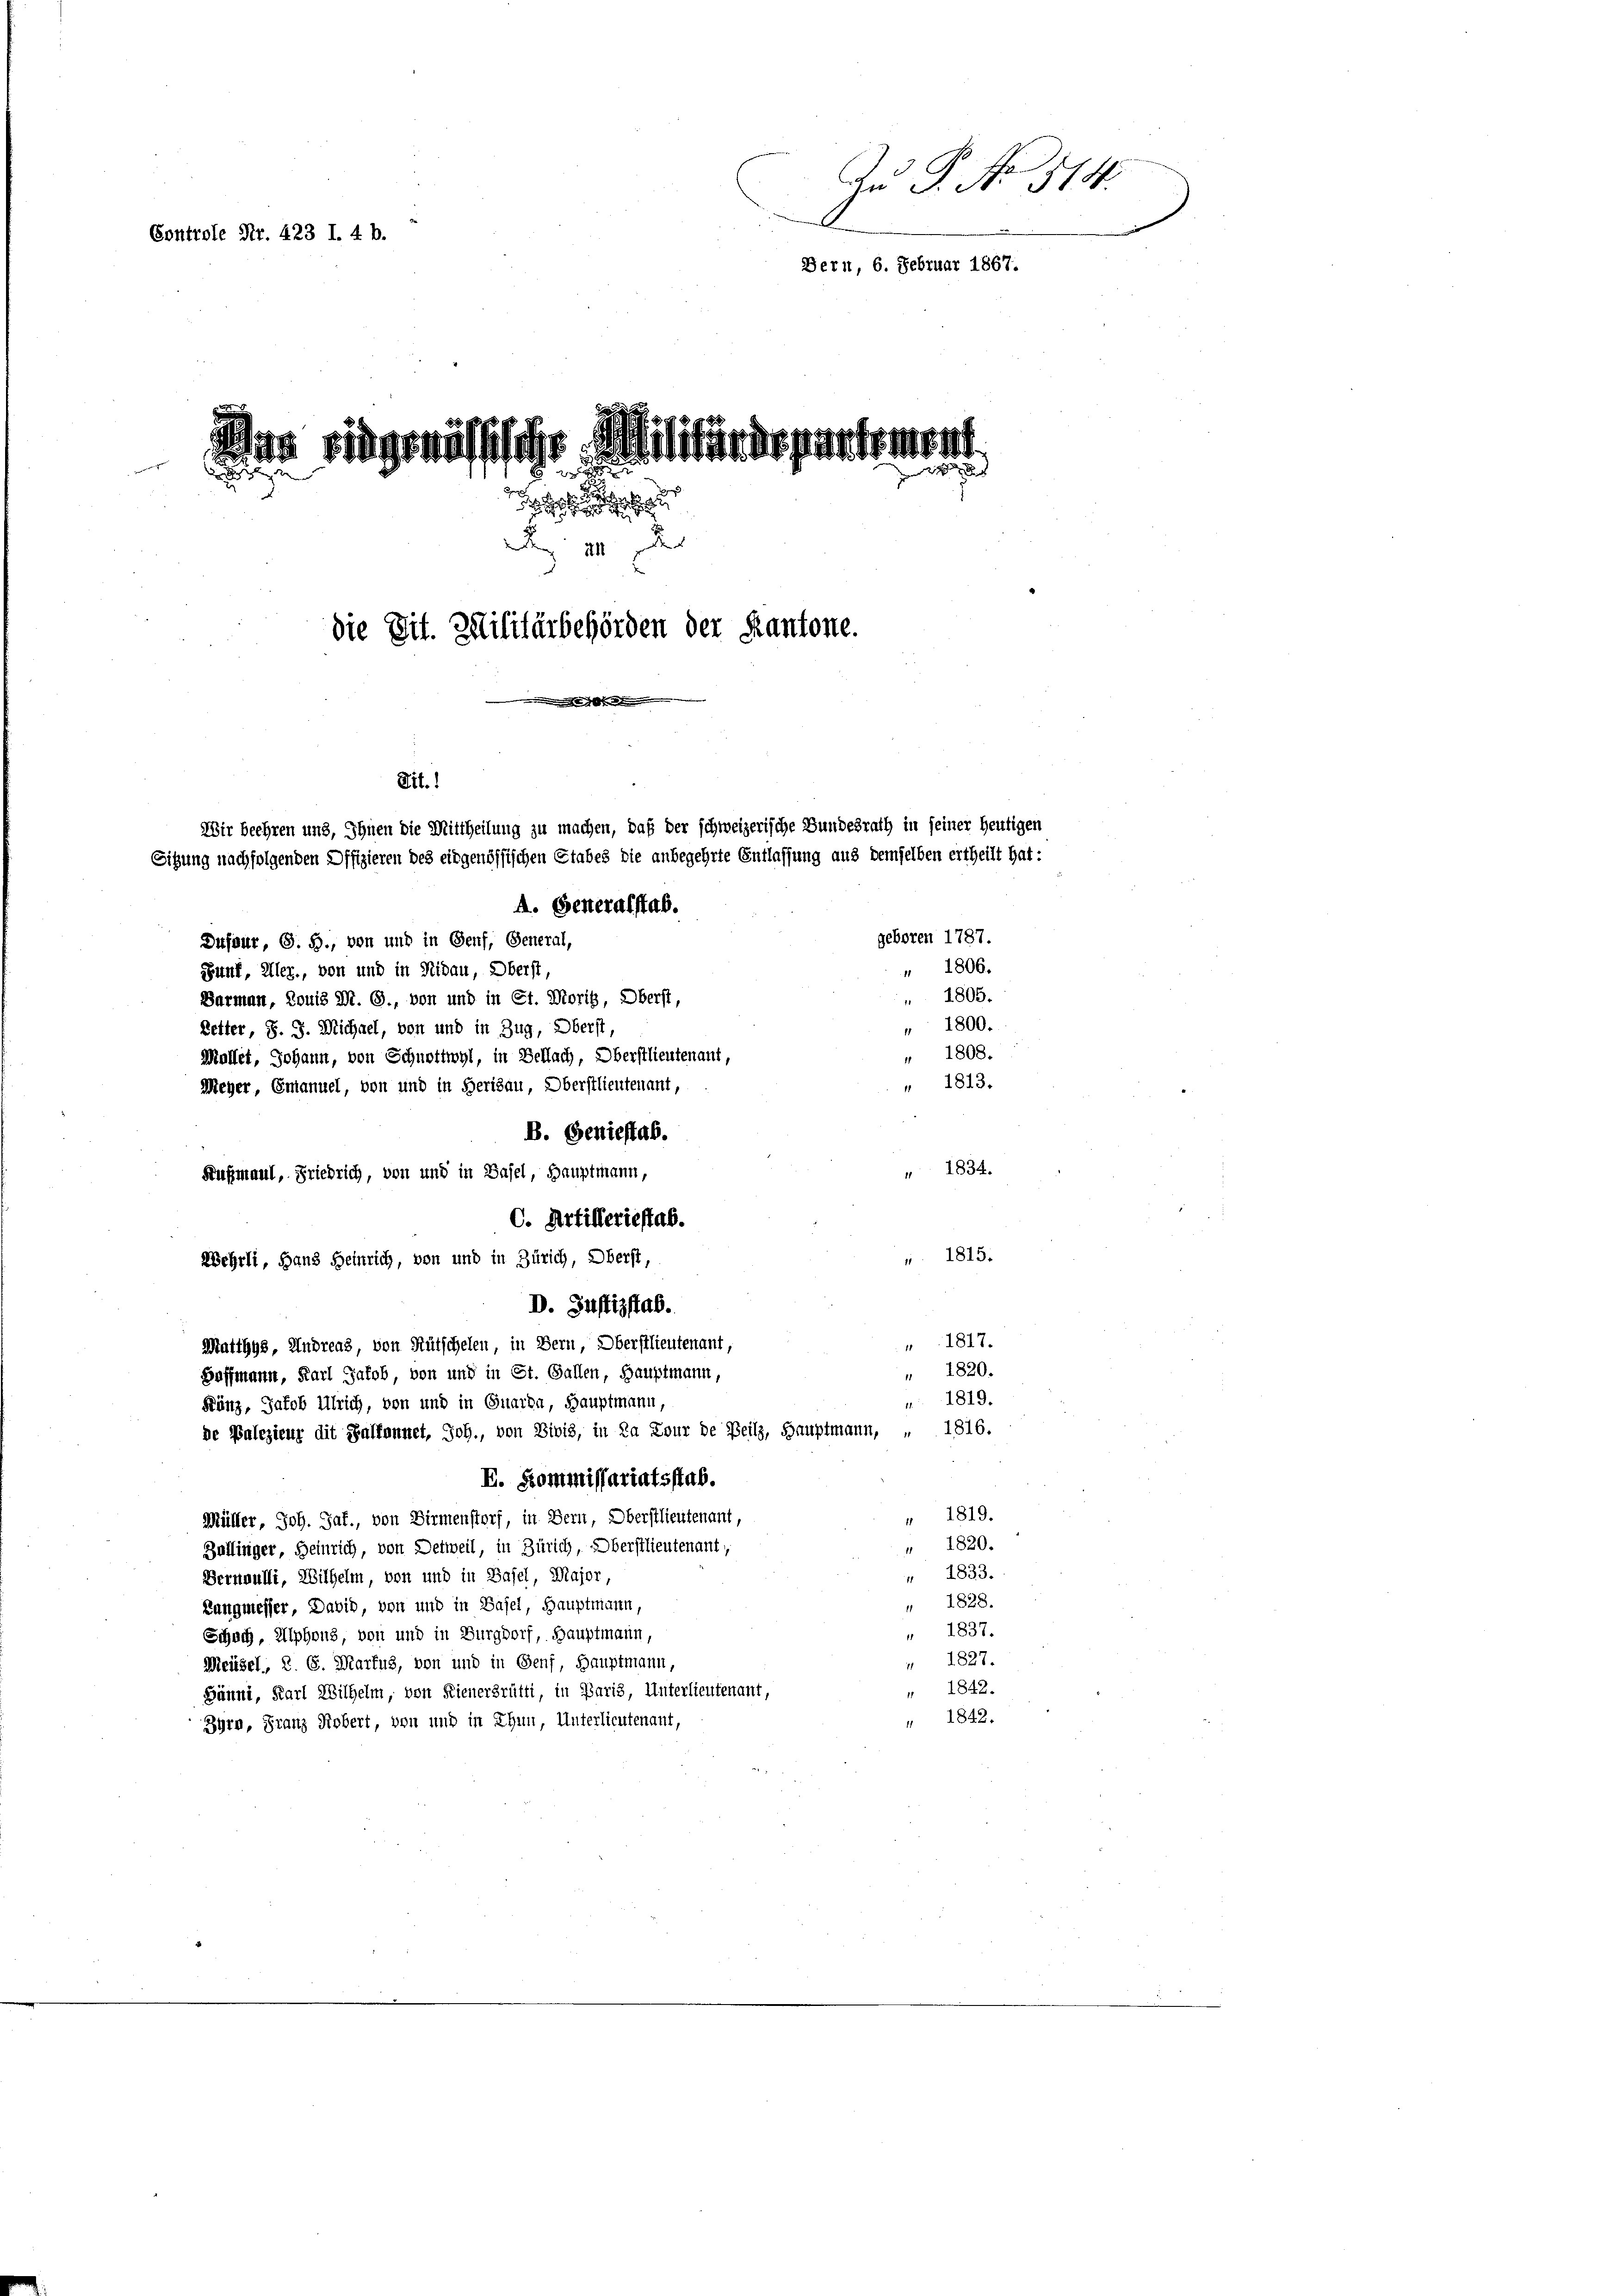
Zu P. No 514.
Controle Nr. 423 l. 4 b.
Bern, 6. Februar 1867.

dites riegemässische Militärärgertement
den wenigerun
 xx
x
e
A III. Der
die Tit. Zelilitärbehörden der Kantone.

Sit.1
Wir beehren und, Ihnen die Mittheilung zu machen, daß der schweizerische Bundesrath in seiner heutigen
Sitzung nachfolgenden Offizieren des eidgenössischen Etabes die anbegehrte Entlassung aus demselben ertheilt hat:

A. Generalstab.
geboren 1787.
Dufour, G. B., von und in Genf, General,
" 1806.
Junt, Ulez., von und in Nidau, Oberst,
1805.
Barmen, Louis M. G., von und in Et. Morig, Oberst,
1800.
Letter, S. J. Michael, von und in Zug, Oberst,
1808.
Mallet, Johann, von Schnottwyl, in Bellach, Oberstlieutenant,
" 1813.
Meyer, Emanuel, von und in Herisau, Oberstlieutenant,
B. Geniestab.
1834.
Außmaul, Friedrich, von und in Basel, Hauptmann,
C. Artillerieftab.
1815.
Wehrli, Hans Heinrich, von und in Zürich, Oberst,
D. Justizstab.
1817.
Matthys, Andreas, von Rütschelen, in Bern, Oberstlieutenant,
1820.
Hoffmann, Karl Jakob, von und in St. Gallen, Hauptmann,
11
 1819.
Fänz, Jakob Ulrich, von und in Quarta, Hauptmann,
de Valezieur die Balkennet, Joh., von Divis, in da Lour de Beilz, Hauptmann, „ 1816.
E. Kommissariatsstab.
" 1819.
Müller, Joh. Jaf., von Birmenstorf, in Bern, Oberstlieutenant,
" 1820.
Zollinger, Heinrich, von Detweil, in Zürich, Oberstlieutenant,
" 1833.
Bernoulli, Wilhelm, von und in Basel, Major,
" 1828.
Langmesser, David, von und in Basel, Hauptmann,
 1837.
Schoch, Alphons, von und in Burgdorf, Hauptmann,
1827.
Meüsel., S. 6. Martus, von und in Genf, Hauptmann,
1842.
Bänni, Karl Wilhelm, von Kienergrütti, in Paris, Unterlieutenant,
1842.
Zyrn, Franz Fiebert, von und in Thun, Unterlieutenant,